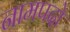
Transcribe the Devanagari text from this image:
नामपदो